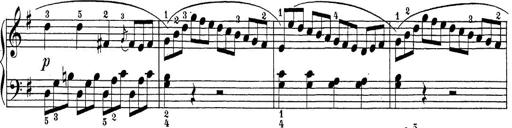
Title: Sonatina Album
Composer: Louis KÃ¶hler